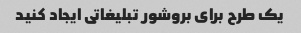
یک طرح برای بروشور تبلیغاتی ایجاد کنید